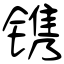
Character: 镌